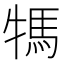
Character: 𤚴